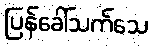
ပြန်ခေါ်သက်သေ